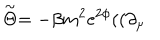
\stackrel { \sim } { \Theta } = - \beta m ^ { 2 } \mathrm { e } ^ { 2 \phi } ( ( \partial _ { \mu }